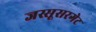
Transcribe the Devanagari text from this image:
जस्सूसरगेट